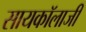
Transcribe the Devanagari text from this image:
सायकॉलाजी